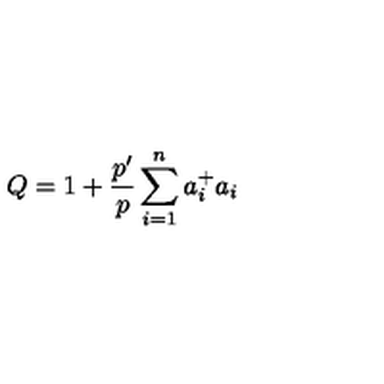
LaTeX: Q = 1 + \frac { p ^ { \prime } } { p } \sum _ { i = 1 } ^ { n } a _ { i } ^ { + } a _ { i }